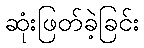
ဆုံးဖြတ်ခဲ့ခြင်း